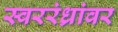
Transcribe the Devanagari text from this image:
स्वररंध्रांवर